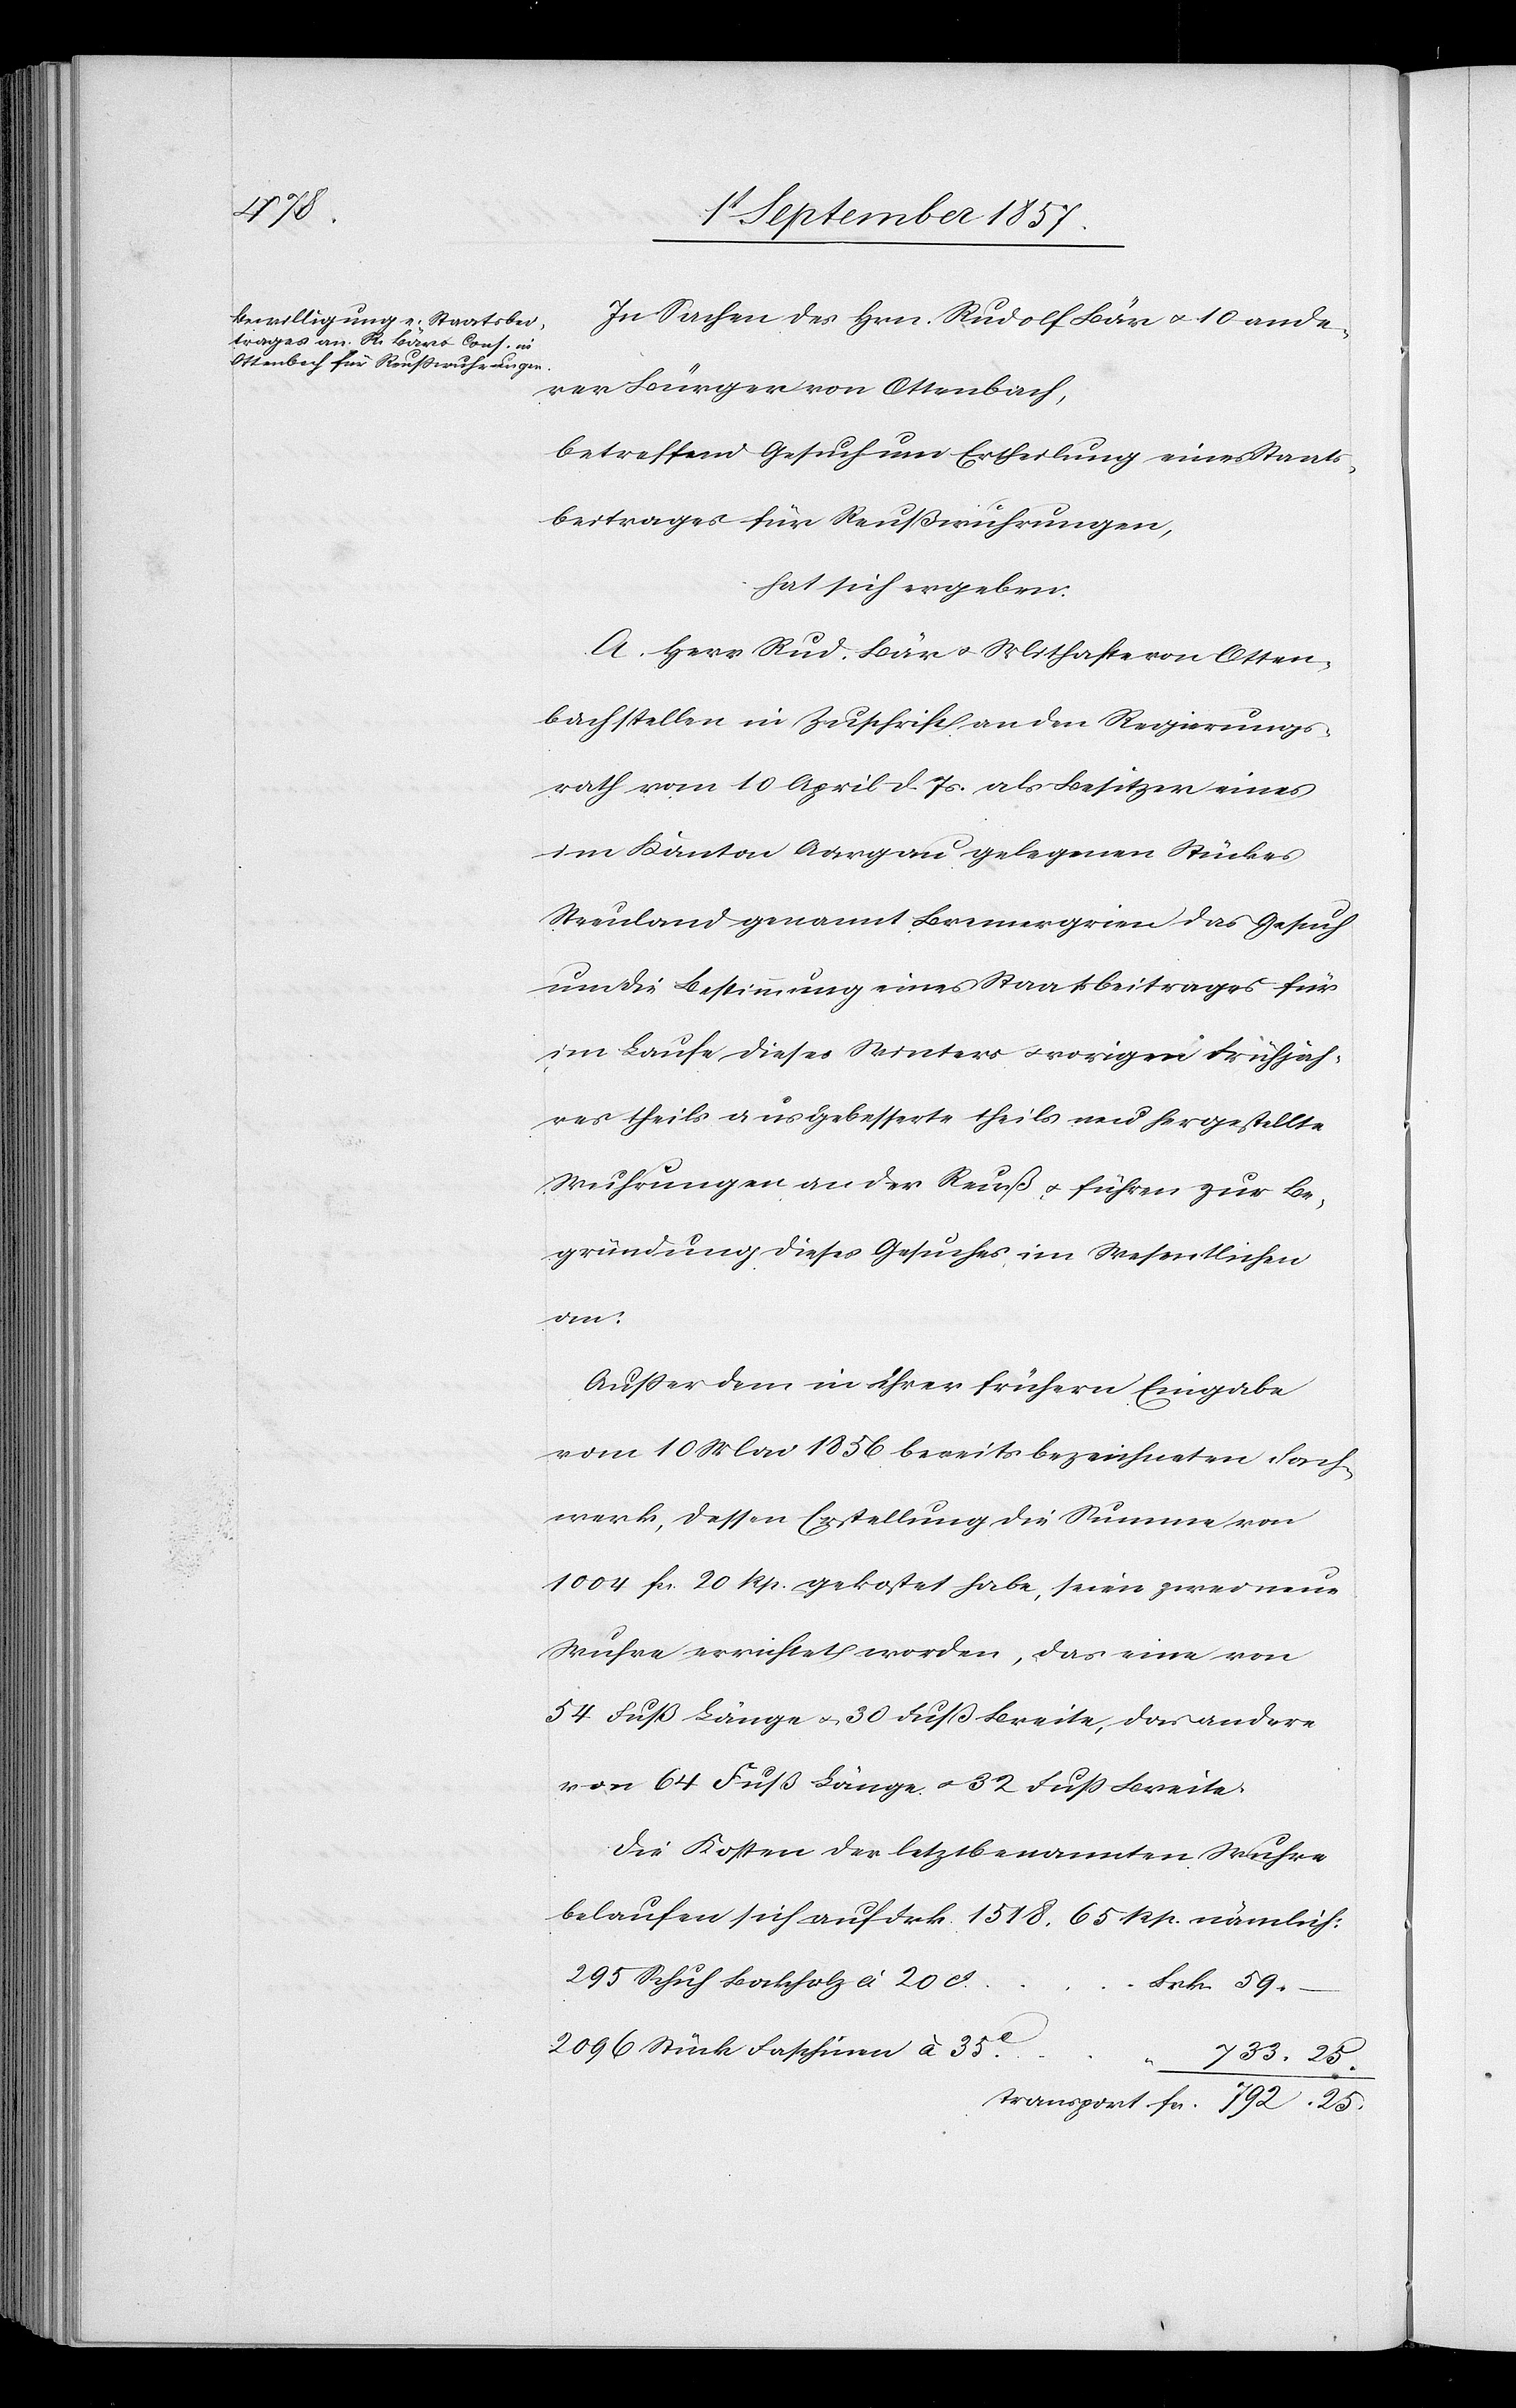
25

In Sachen des Hrn. Rudolf Bär & 10 ande¬
rer Bürger von Ottenbach,
betreffend Gesuch um Ertheilung eines Staats¬
beitrages für Reußwuhrungen,
hat sich ergeben:
A. Herr Rud. Bär & Mithafte von Otten¬
bach stellen in Zuschrift an den Regierungs¬
rath vom 10 April d. Js. als Besitzer eines
im Kanton Aargau gelegenen Stückes
Streuland genannt Bremengrien das Gesuch
um die Bestimmung eines Staatsbeitrages für
im Laufe dieses Winters & vorigen Frühjäh¬
res theils ausgebesserte theils neu hergestellte
Wuhrungen an der Reuß & führen zur Be¬
gründung dieses Gesuches, im Wesentlichen
an:
Außer dem in ihrer frühern Eingabe
vom 10 Mai 1856 bereits bezeichneten Fach¬
werk, dessen Erstellung die Summe von
1004 fcs. 20 Rp. gekostet habe, seien zwei neue
Wuhre errichtet worden, das eine von
54 Fuß Länge & 30 Fuß Breite, das andere
von 64 Fuß Länge & 32 Fuß Breite.
Die Kosten der letztbenannten Wuhre
belaufen sich auf Frk. 1518.65 Rp. nämlich:
295 Schuh Bockholz à 20
Transport fcs. 792 25